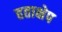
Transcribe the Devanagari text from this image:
हताक्षेप